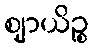
ဈာယိဉ္စ